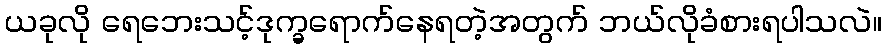
ယခုလို ရေဘေးသင့်ဒုက္ခရောက်နေရတဲ့အတွက် ဘယ်လိုခံစားရပါသလဲ။